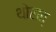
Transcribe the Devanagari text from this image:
थोरात्